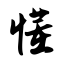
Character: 懂